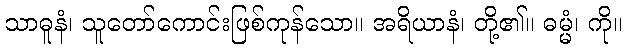
သာဓူနံ၊ သူတော်ကောင်းဖြစ်ကုန်သော။ အရိယာနံ၊ တို့၏။ ဓမ္မံ၊ ကို။